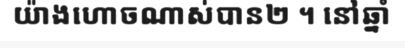
យ៉ាងហោចណាស់បាន២ ។ នៅឆ្នាំ